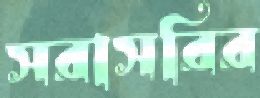
সরাসরির